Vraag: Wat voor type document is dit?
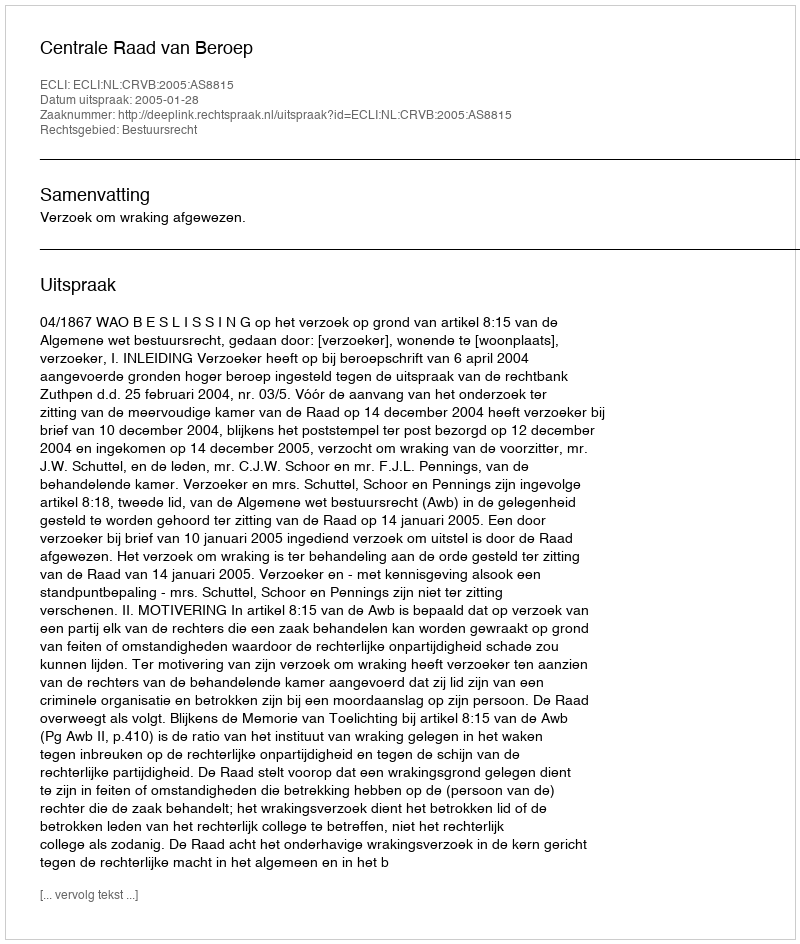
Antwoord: Uitspraak